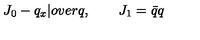
J _ { 0 } - { q _ { x } | o v e r q } , \qquad J _ { 1 } = \bar { q } q